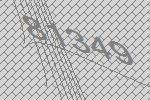
81349